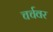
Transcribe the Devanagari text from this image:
चर्चवर